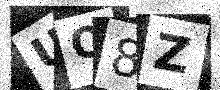
Text: UQ8Z